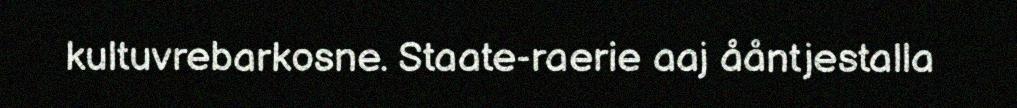
kultuvrebarkosne. Staate-raerie aaj ååntjestalla